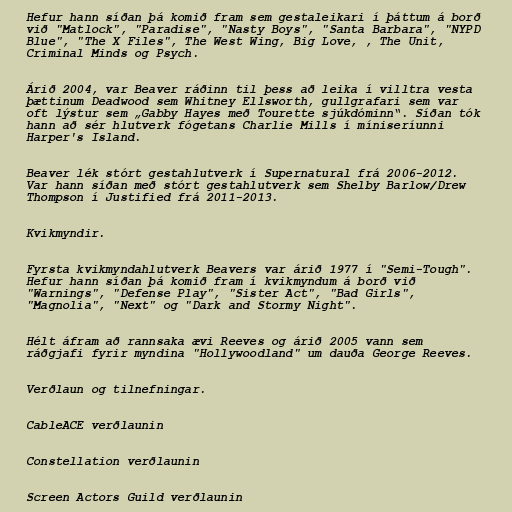
Hefur hann síðan þá komið fram sem gestaleikari í þáttum á borð
við "Matlock", "Paradise", "Nasty Boys", "Santa Barbara", "NYPD
Blue", "The X Files", The West Wing, Big Love, , The Unit,
Criminal Minds og Psych.

Árið 2004, var Beaver ráðinn til þess að leika í villtra vesta
þættinum Deadwood sem Whitney Ellsworth, gullgrafari sem var
oft lýstur sem „Gabby Hayes með Tourette sjúkdóminn“. Síðan tók
hann að sér hlutverk fógetans Charlie Mills í míniseríunni
Harper's Island.

Beaver lék stórt gestahlutverk í Supernatural frá 2006-2012.
Var hann síðan með stórt gestahlutverk sem Shelby Barlow/Drew
Thompson í Justified frá 2011-2013.

Kvikmyndir.

Fyrsta kvikmyndahlutverk Beavers var árið 1977 í "Semi-Tough".
Hefur hann síðan þá komið fram í kvikmyndum á borð við
"Warnings", "Defense Play", "Sister Act", "Bad Girls",
"Magnolia", "Next" og "Dark and Stormy Night".

Hélt áfram að rannsaka ævi Reeves og árið 2005 vann sem
ráðgjafi fyrir myndina "Hollywoodland" um dauða George Reeves.

Verðlaun og tilnefningar.

CableACE verðlaunin

Constellation verðlaunin

Screen Actors Guild verðlaunin